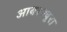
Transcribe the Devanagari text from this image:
आबस्क्यूरा